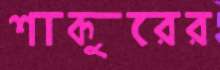
শাকুরের